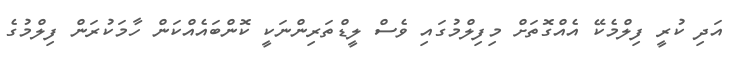
އަދި ކުރީ ފިލްމެކޭ އެއްގޮތަށް މިފިލްމުގައި ވެސް ލީޑްތަރިންނަކީ ކޮންބައެއްކަން ހާމަކުރަން ފިލްމުގެ